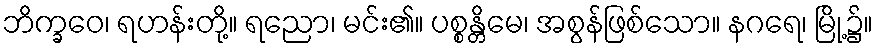
ဘိက္ခဝေ၊ ရဟန်းတို့။ ရညော၊ မင်း၏။ ပစ္စန္တိမေ၊ အစွန်ဖြစ်သော။ နဂရေ၊ မြို့၌။